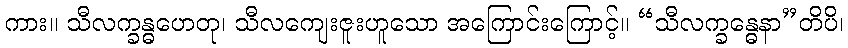
ကား။ သီလက္ခန္ဓဟေတု၊ သီလကျေးဇူးဟူသော အကြောင်းကြောင့်။ “သီလက္ခန္ဓေနာ”တိပိ၊